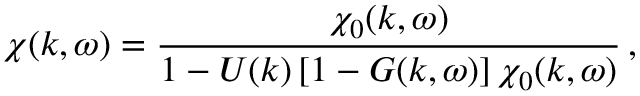
\chi ( \boldsymbol { k } , \omega ) = \frac { \chi _ { 0 } ( \boldsymbol { k } , \omega ) } { 1 - U ( \boldsymbol { k } ) \left[ 1 - G ( \boldsymbol { k } , \omega ) \right] \chi _ { 0 } ( \boldsymbol { k } , \omega ) } \, ,